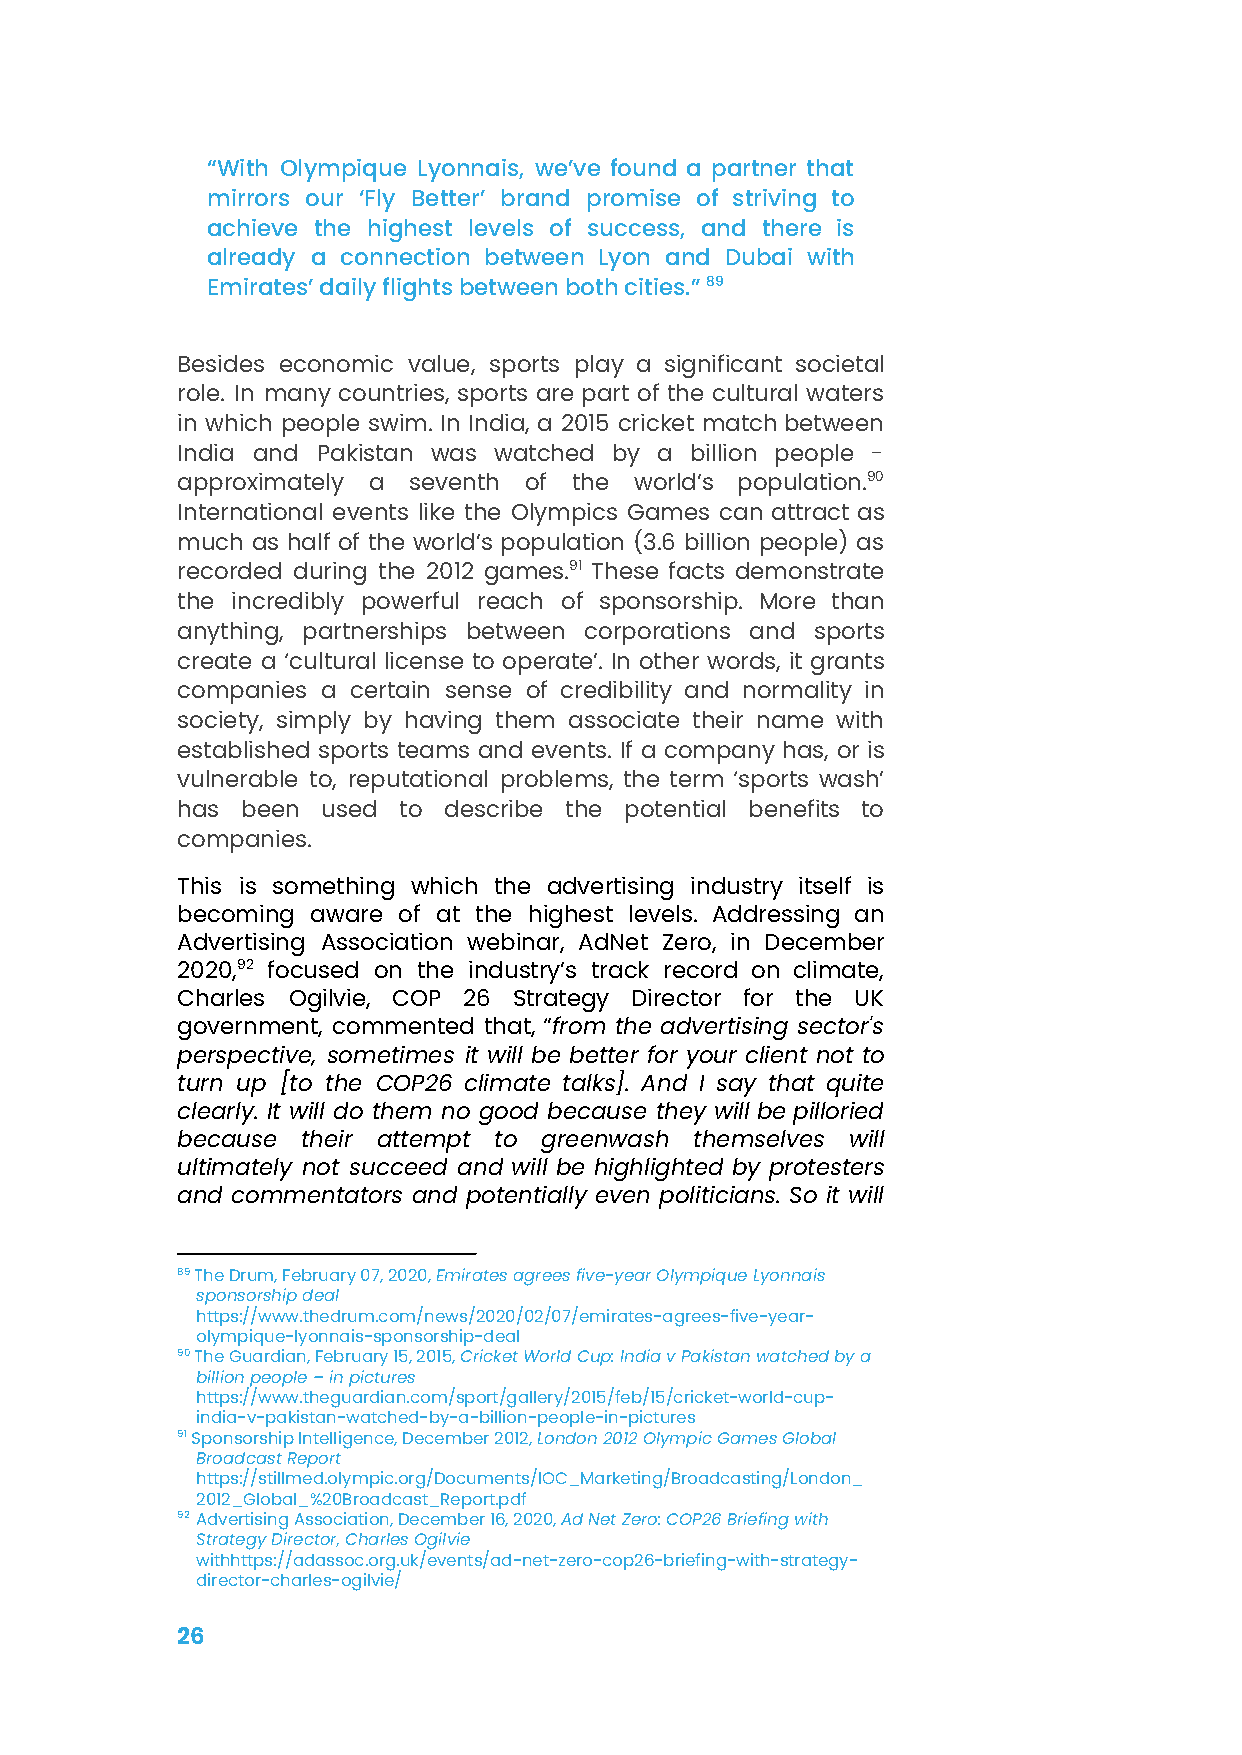
“With Olympique Lyonnais, we’ve found a partner that
 mirrors our ‘Fly Better’ brand promise of striving to
 achieve the highest levels of success, and there is
 already a connection between Lyon and Dubai with
 Emirates’ daily flights between both cities.”89
 Besides economic value, sports play a significant societal
 role. In many countries, sports are part of the cultural waters
 in which people swim. In India, a 2015 cricket matchbetween
 India and Pakistan was watched by a billion people -
 approximately a seventh of the world’s population.90
 International events like the Olympics Games can attract as
 much as half of the world’s population (3.6 billion people) as
 recorded during the 2012 games.91 These facts demonstrate
 the incredibly powerful reach of sponsorship. More than
 anything, partnerships between corporations and sports
 create a ‘cultural license to operate’. In other words, it grants
 companies a certain sense of credibility and normality in
 society, simply by having them associate their name with
 established sports teams and events. If a company has, or is
 vulnerable to, reputational problems, the term ‘sports wash’
 has been used to describe the potential benefits to
 companies.
 This is something which the advertising industry itself is
 becoming aware of at the highest levels. Addressing an
 Advertising Association webinar, AdNet Zero, in December
 2020,92 focused on the industry’s track record on climate,
 Charles Ogilvie, COP 26 Strategy Director for the UK
 government, commented that, “from the advertising sector's
 perspective, sometimes it will be better for your client not to
 turn up [to the COP26 climate talks]. And I say that quite
 clearly. It will do them no good because they will be pilloried
 because their attempt to greenwash themselves will
 ultimately not succeed and will be highlighted by protesters
 and commentators and potentially even politicians. So it will
 89The Drum, February 07, 2020,Emirates agrees five-yearOlympique Lyonnais
 sponsorship deal
 https://www.thedrum.com/news/2020/02/07/emirates-agrees-five-year-
 olympique-lyonnais-sponsorship-deal
 90The Guardian, February 15, 2015,Cricket World Cup:India v Pakistan watched by a
 billion people – in pictures
 https://www.theguardian.com/sport/gallery/2015/feb/15/cricket-world-cup-
 india-v-pakistan-watched-by-a-billion-people-in-pictures
 91Sponsorship Intelligence, December 2012,London 2012Olympic Games Global
 Broadcast Report
 https://stillmed.olympic.org/Documents/IOC_Marketing/Broadcasting/London_
 2012_Global_%20Broadcast_Report.pdf
 92 Advertising Association, December 16, 2020,Ad NetZero: COP26 Briefing with
 Strategy Director, Charles Ogilvie
 withhttps://adassoc.org.uk/events/ad-net-zero-cop26-briefing-with-strategy-
 director-charles-ogilvie/
 26